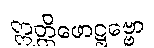
ဣတ္ထိဖောဋ္ဌဗ္ဗော